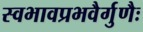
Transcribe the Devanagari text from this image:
स्वभावप्रभवैर्गुणैः